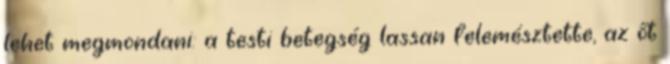
lehet megmondani: a testi betegség lassan felemésztette, az őt